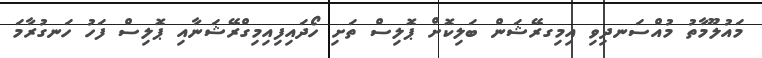
މައުލޫމާތު މުއްސަނދިވި އިމިގރޭޝަން ބަލިކޮށް ޕޮލިސް ތަށި ހޯދައިފިއިމިގްރޭޝަނާއި ޕޮލިސް ފަހު ހަނގުރާމަ